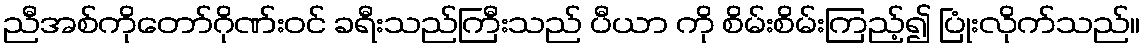
ညီအစ်ကိုတော်ဂိုဏ်းဝင် ခရီးသည်ကြီးသည် ပီယာ ကို စိမ်းစိမ်းကြည့်၍ ပြုံးလိုက်သည်။